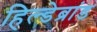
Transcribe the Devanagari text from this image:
हिल्डेब्रांड